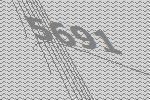
5691